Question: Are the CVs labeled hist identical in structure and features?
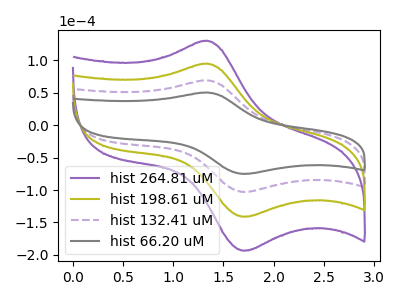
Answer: <think>The purple curve "hist 264.81 uM" has an anodic peak at (1.35V, 208.05uA) and a cathodic peak at (1.70V, -308.80uA). The olive curve "hist 198.61 uM" has an anodic peak at (1.35V, 138.70uA) and a cathodic peak at (1.70V, -205.85uA). The purple dashed curve "hist 132.41 uM" has an anodic peak at (1.35V, 69.35uA) and a cathodic peak at (1.70V, -102.95uA). The gray curve "hist 66.20 uM" has an anodic peak at (1.35V, 50.55uA) and a cathodic peak at (1.70V, -75.05uA).
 All the peaks in "hist 264.81 uM" have a peak in "hist 198.61 uM" at the same potential. Every peak in "hist 264.81 uM" is higher than every peak in "hist 198.61 uM". All the peaks in "hist 264.81 uM" have a peak in "hist 132.41 uM" at the same potential. Every peak in "hist 264.81 uM" is higher than every peak in "hist 132.41 uM". All the peaks in "hist 264.81 uM" have a peak in "hist 66.20 uM" at the same potential. Every peak in "hist 264.81 uM" is higher than every peak in "hist 66.20 uM". All the peaks in "hist 198.61 uM" have a peak in "hist 132.41 uM" at the same potential. Every peak in "hist 198.61 uM" is higher than every peak in "hist 132.41 uM". All the peaks in "hist 198.61 uM" have a peak in "hist 66.20 uM" at the same potential. Every peak in "hist 198.61 uM" is higher than every peak in "hist 66.20 uM". All the peaks in "hist 132.41 uM" have a peak in "hist 66.20 uM" at the same potential. Every peak in "hist 132.41 uM" is higher than every peak in "hist 66.20 uM".</think>
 <answer>All the CV's of "hist" have similar shape.</answer>
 <eval>follow_rule</eval>